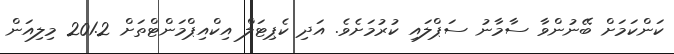
ކަންކަމަށް ބޭނުންވާ ސާމާނު ސަޕްލައި ކުރުމަށެވެ. އަދި ކެޕިޓަލް އިކްއިޕްމަންޓްތަށް 201.2 މިލިއަން